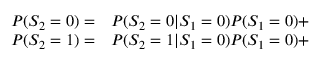
\begin{array} { r l } { P ( S _ { 2 } = 0 ) = } & { { } P ( S _ { 2 } = 0 | S _ { 1 } = 0 ) P ( S _ { 1 } = 0 ) + } \\ { P ( S _ { 2 } = 1 ) = } & { { } P ( S _ { 2 } = 1 | S _ { 1 } = 0 ) P ( S _ { 1 } = 0 ) + } \end{array}